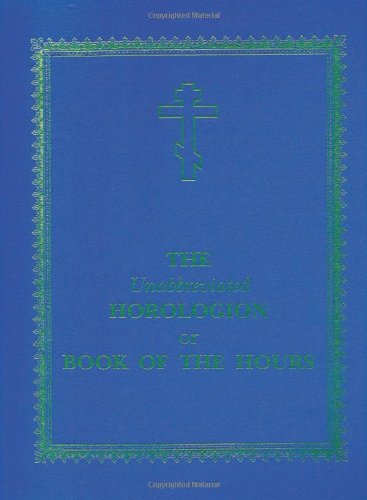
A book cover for The Unabbreviated Horologion or Book of the Hours; Laurence Campbell; Christian Books & Bibles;